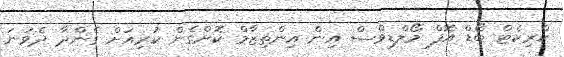
ކްރިކެޓް ބޯޑް އޮފް މޯލްޑިވްސް އިން އިންތިޒާމް ކޮށްގެން ކުރިއަށް ގެންދާ ދެވަނަ